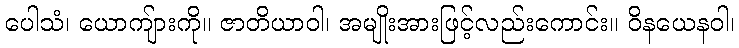
ပေါသံ၊ ယောကျ်ားကို။ ဇာတိယာဝါ၊ အမျိုးအားဖြင့်လည်းကောင်း။ ဝိနယေနဝါ၊